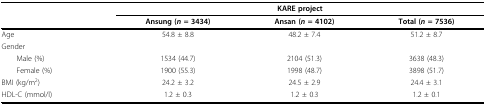
<table><thead><tr><td></td><td colspan="3"><b>KARE project</b></td></tr><tr><td></td><td><b>Ansung (<i>n </i>= 3434)</b></td><td><b>Ansan (<i>n </i>= 4102)</b></td><td><b>Total (<i>n </i>= 7536)</b></td></tr></thead><tbody><tr><td>Age</td><td>54.8 ± 8.8</td><td>48.2 ± 7.4</td><td>51.2 ± 8.7</td></tr><tr><td>Gender</td><td></td><td></td><td></td></tr><tr><td> Male (%)</td><td>1534 (44.7)</td><td>2104 (51.3)</td><td>3638 (48.3)</td></tr><tr><td> Female (%)</td><td>1900 (55.3)</td><td>1998 (48.7)</td><td>3898 (51.7)</td></tr><tr><td>BMI (kg/m<sup>2</sup>)</td><td>24.2 ± 3.2</td><td>24.5 ± 2.9</td><td>24.4 ± 3.1</td></tr><tr><td>HDL-C (mmol/l)</td><td>1.2 ± 0.3</td><td>1.2 ± 0.3</td><td>1.2 ± 0.1</td></tr></tbody></table>